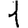
Digit: 1